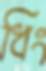
ধিং